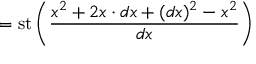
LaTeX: = \operatorname { s t } \left( { \frac { x ^ { 2 } + 2 x \cdot d x + ( d x ) ^ { 2 } - x ^ { 2 } } { d x } } \right)